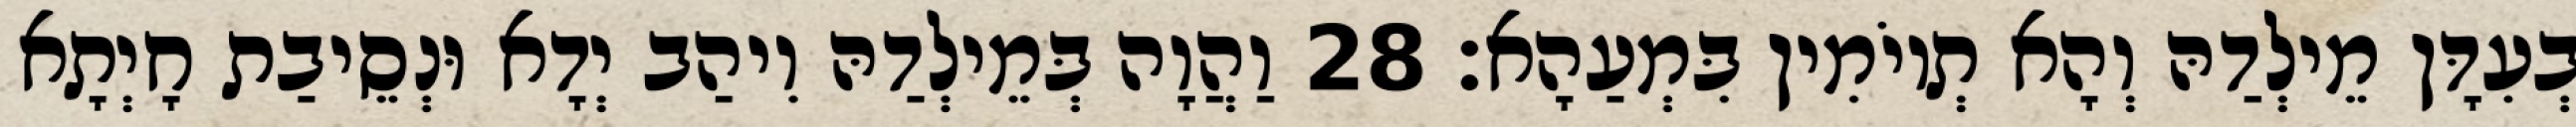
בְעִדָּן מֵילְדַהּ וְהָא תְיוֹמִין בִּמְעַהָא׃ 28 וַהֲוָה בְּמֵילְדַהּ וִיהַב יְדָא וּנְסֵיבַת חָיְתָא